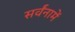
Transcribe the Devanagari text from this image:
सर्वंनामें